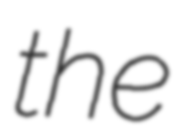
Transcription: the